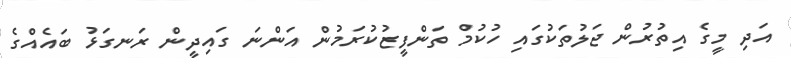
އަދި މީގެ އިތުރުން ޖަލުތަކުގައި ހުކުމް ތަންފީޒުކުރަމުން އަންނަ ގައިދީން ރަނގަޅު ބައެއްގެ